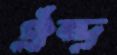
ঐন্দ্র